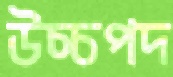
উচ্চপদ